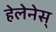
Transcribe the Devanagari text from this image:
हेलेनेस्